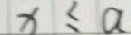
x \leq a